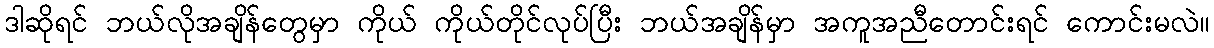
ဒါဆိုရင် ဘယ်လိုအချိန်တွေမှာ ကိုယ် ကိုယ်တိုင်လုပ်ပြီး ဘယ်အချိန်မှာ အကူအညီတောင်းရင် ကောင်းမလဲ။